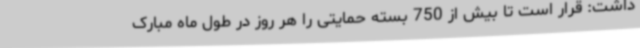
داشت: قرار است تا بیش از 750 بسته حمایتی را هر روز در طول ماه مبارک